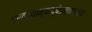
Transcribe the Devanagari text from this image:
वर्त्तयाम्यायुषेड्न्नाद्याय